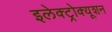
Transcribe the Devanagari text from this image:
इलेक्ट्रोक्यूशन